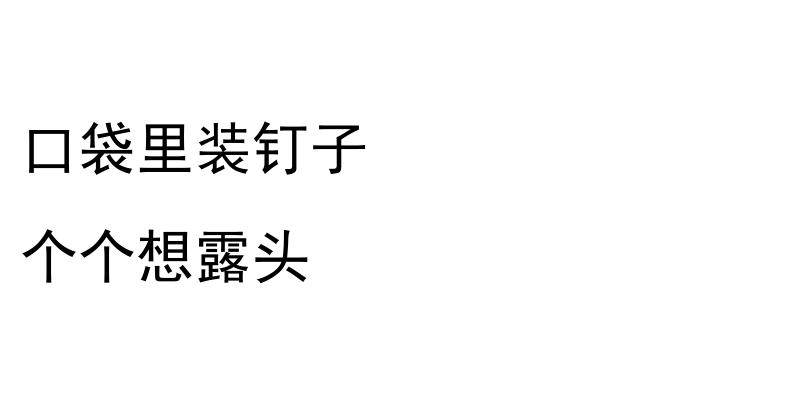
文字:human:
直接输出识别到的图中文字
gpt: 口袋里装钉子 个个想露头